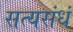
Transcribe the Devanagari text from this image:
सत्यसंधं